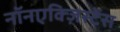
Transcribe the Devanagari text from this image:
नॉनएक्ज़िस्टेंस